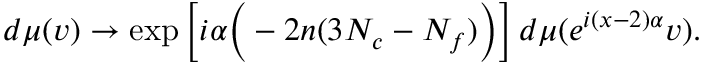
d \mu ( v ) \to \mathrm { e x p } \left[ i \alpha \Big ( - 2 n ( 3 N _ { c } - N _ { f } ) \Big ) \right] d \mu ( e ^ { i ( x - 2 ) \alpha } v ) .